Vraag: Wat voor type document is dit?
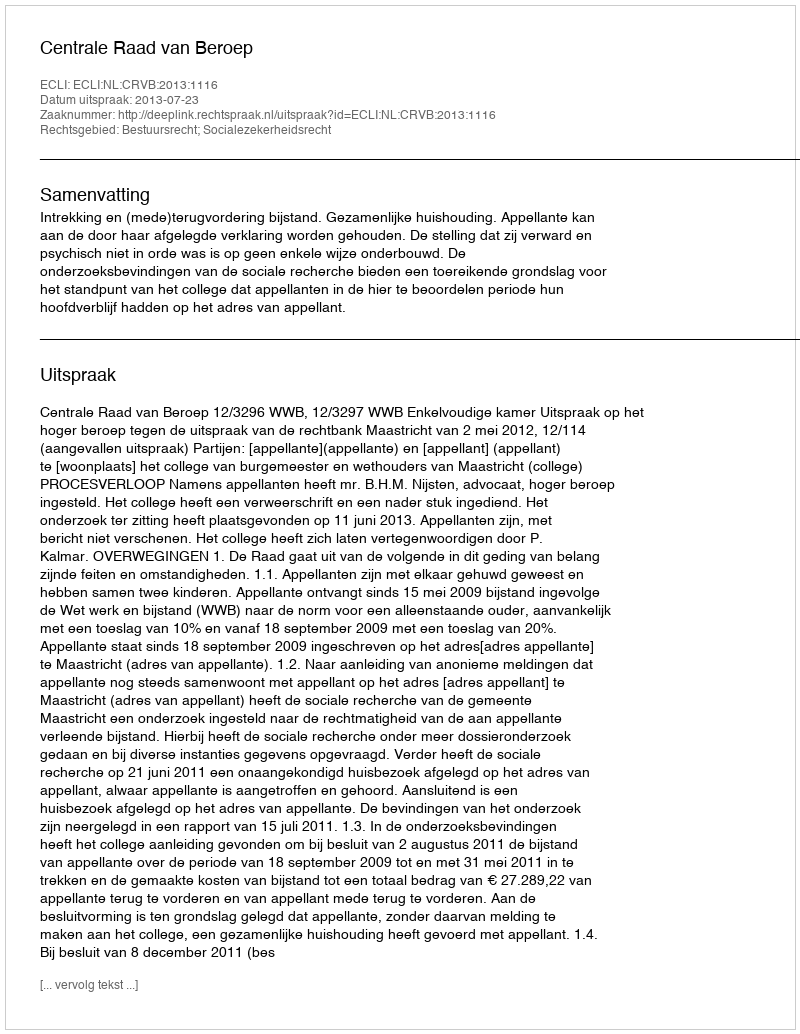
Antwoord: Uitspraak